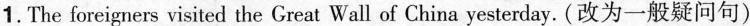
1. The foreigners visited the Great Wall of China yesterday. (改为一般疑问句)